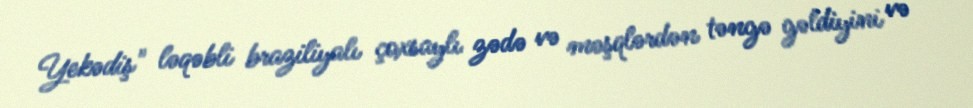
Yekədiş" ləqəbli braziliyalı çoxsaylı zədə və məşqlərdən təngə gəldiyini və